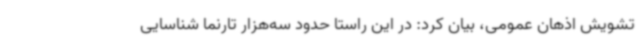
تشویش اذهان عمومی، بیان کرد: در این راستا حدود سه‌هزار تارنما شناسایی